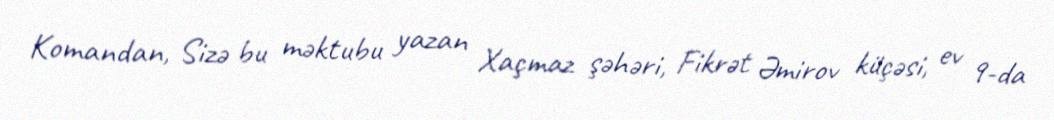
Komandan, Sizə bu məktubu yazan Xaçmaz şəhəri, Fikrət Əmirov küçəsi, ev 9-da